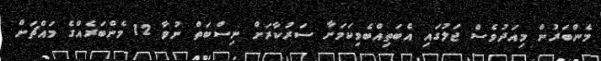
މެންބަރުން މިއަދުވެސް ޖަލުގައި އެބަތިއްބެވިކަމަށާ ސަރުކާރަށް ނިސްބަތް ނުވާ 12 މެންބަރެއްގެ މައްޗަށް